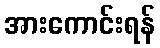
အားကောင်းရန်